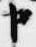
申